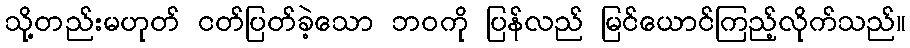
သို့တည်းမဟုတ် ငတ်ပြတ်ခဲ့သော ဘဝကို ပြန်လည် မြင်ယောင်ကြည့်လိုက်သည်။